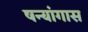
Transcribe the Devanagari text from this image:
षन्यांगास